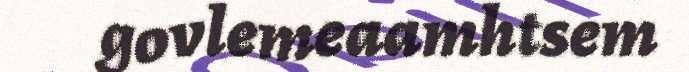
govlemeaamhtsem